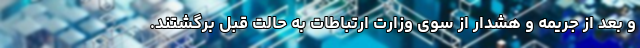
و بعد از جریمه و هشدار از سوی وزارت ارتباطات به حالت قبل برگشتند.